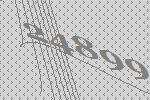
24899